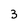
Character: 3